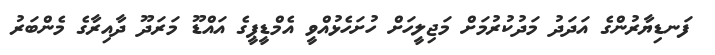
ފަނޑިޔާރުންގެ އަދަދު މަދުކުރުމަށް މަޖިލީހަށް ހުށަހެޅުއްވީ އެމްޑީޕީގެ އައްޑޫ މަރަދޫ ދާއިރާގެ މެންބަރު